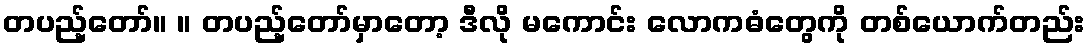
တပည့်တော်။ ။ တပည့်တော်မှာတော့ ဒီလို မကောင်း လောကဓံတွေကို တစ်ယောက်တည်း